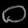
Digit: ၀